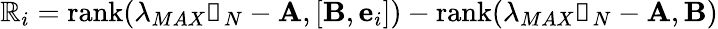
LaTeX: \mathbb{R}_{i}=\mathrm{{rank}}(\lambda_{MAX}\mathbb{{1}}_{N}-\textbf{{A}},[\textbf{{B}},\textbf{{e}}_{i}])-\mathrm{{rank}}(\lambda_{MAX}\mathbb{{1}}_{N}-\textbf{{A}},\textbf{{B}})